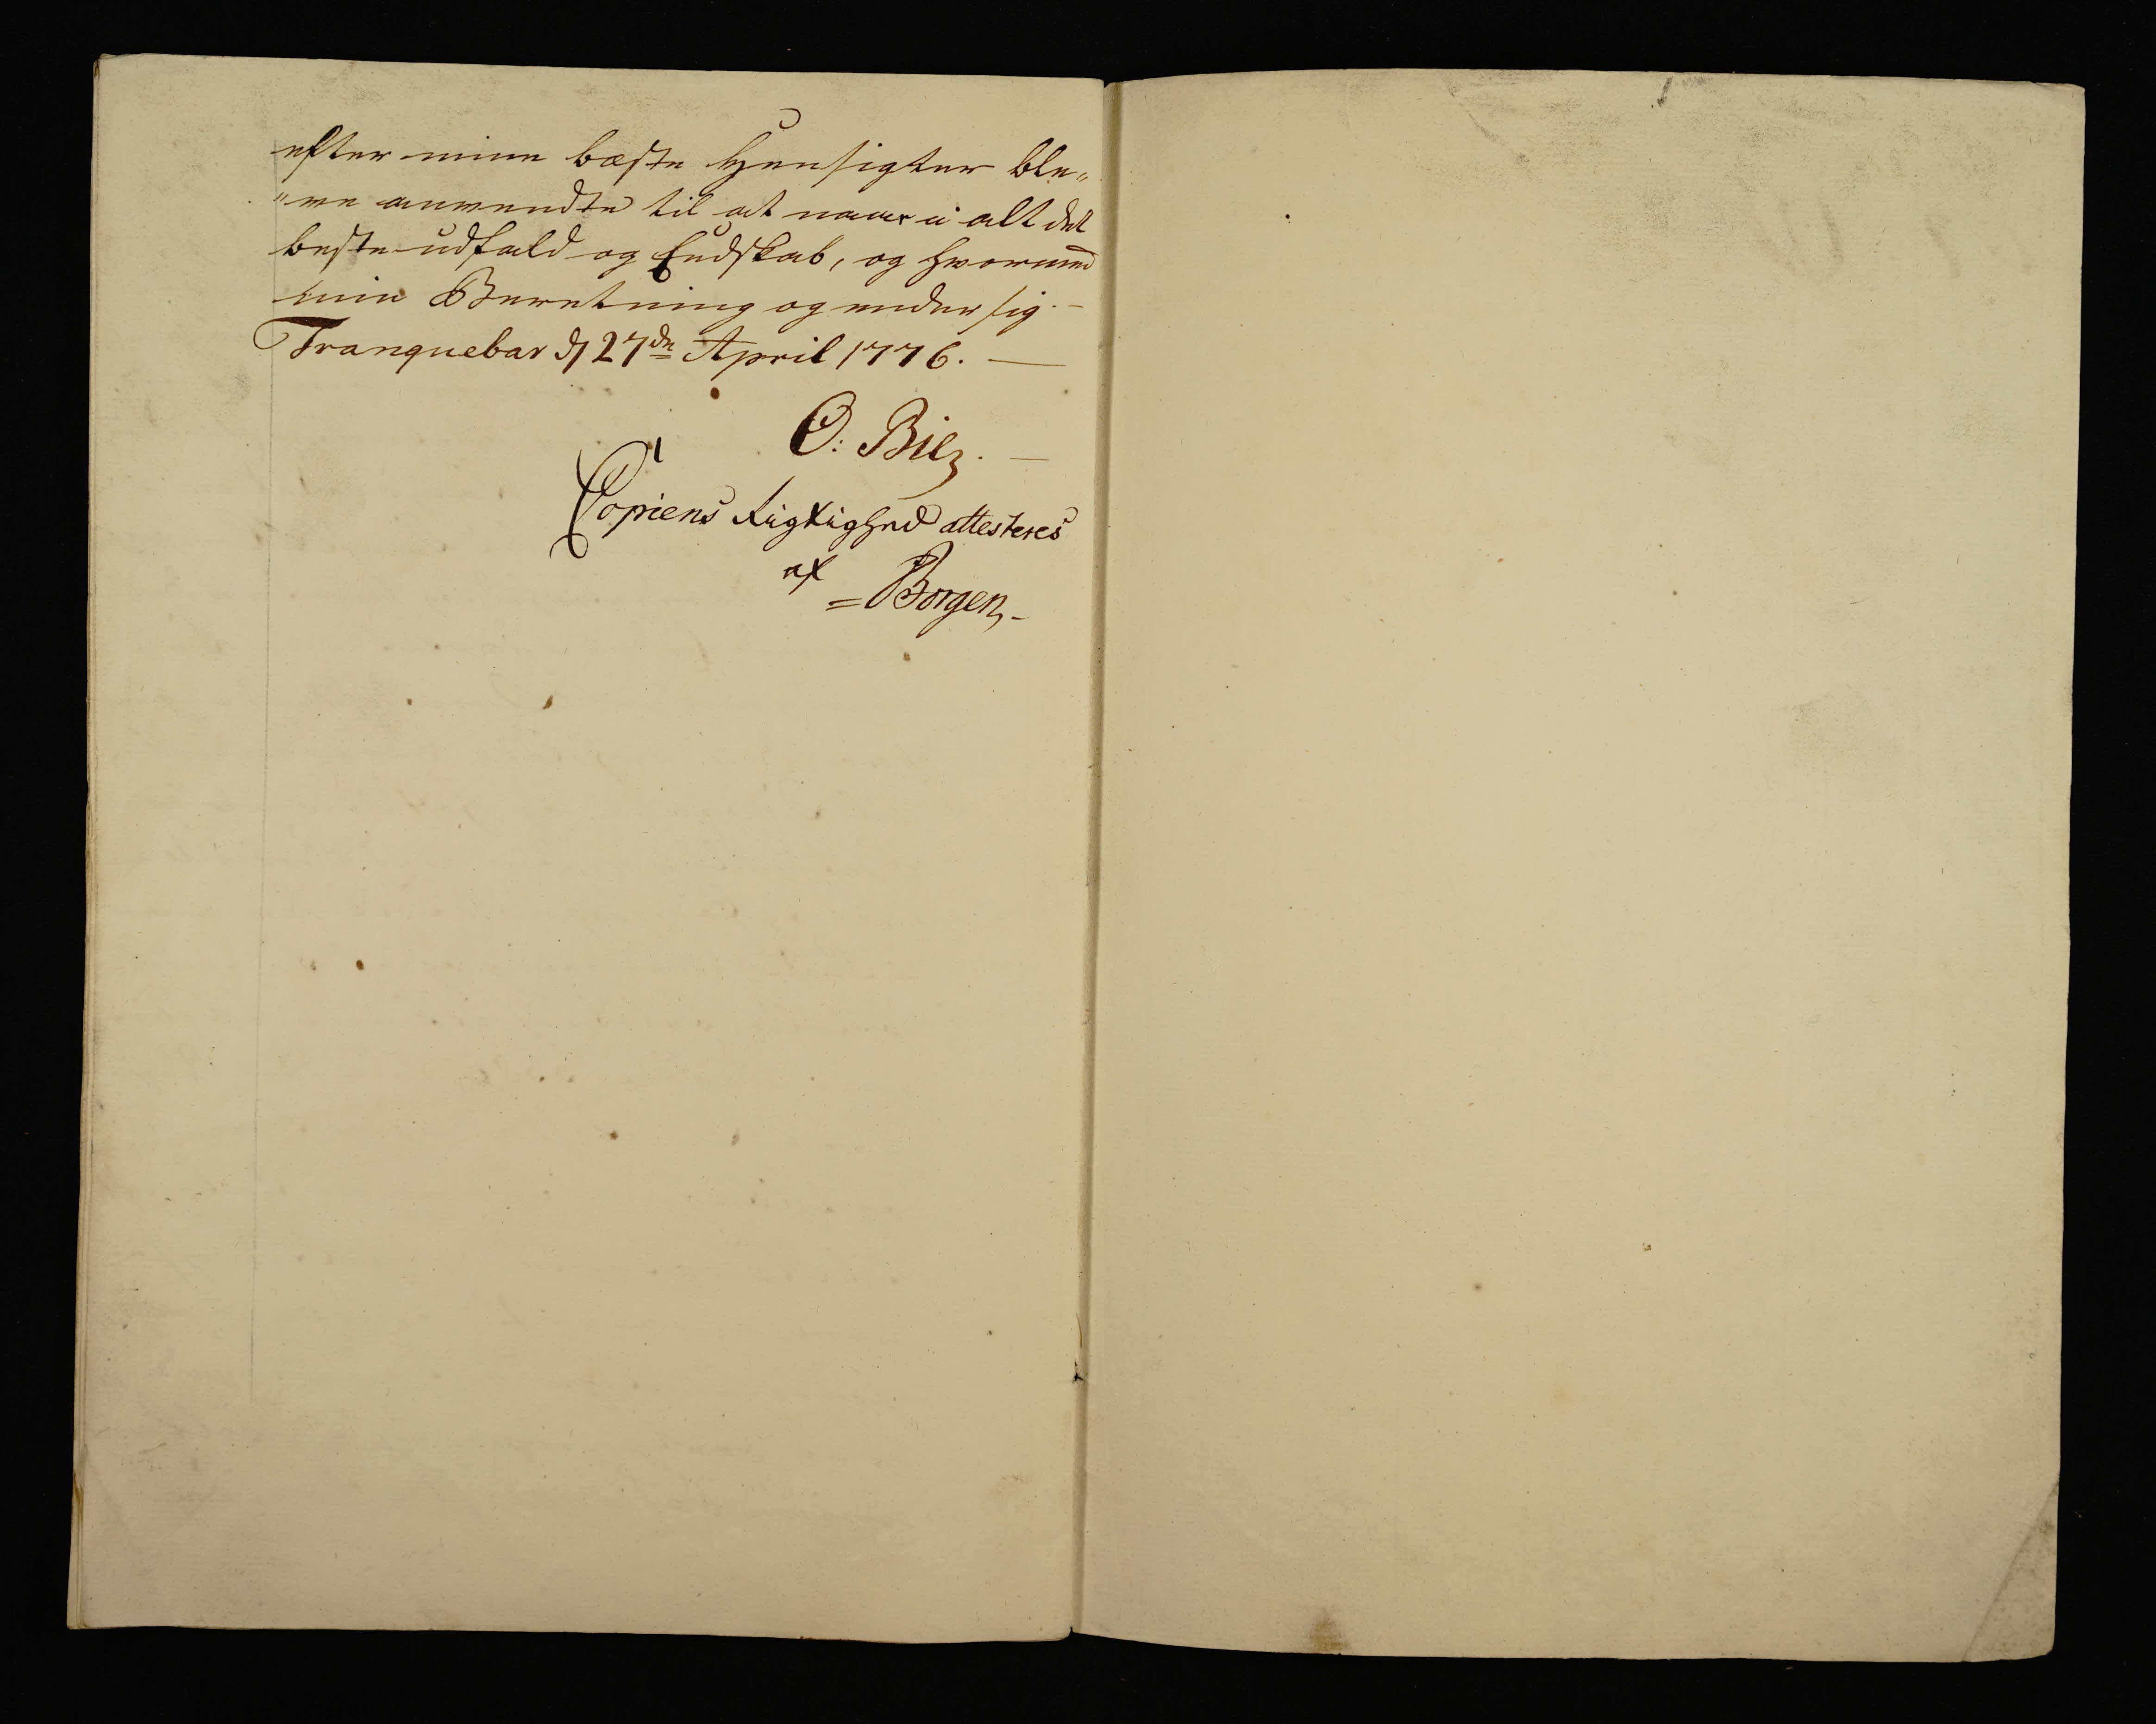
Transkription:
efter mine bæste Hensigter ble„
ve anvendte til at naar i alt det
beste udfald og Endskab, og hvormed
min Beretning og reder sig. -
Tranquebar den 27de April 1776. —

O: Bie. —
Copiens Rigtighed attesteres
af
= Borgen -